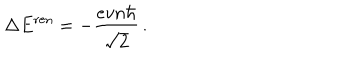
LaTeX: \Delta E ^ { \mathrm { r e n } } = - \frac { e v n \hbar } { \sqrt { 2 } } \, .